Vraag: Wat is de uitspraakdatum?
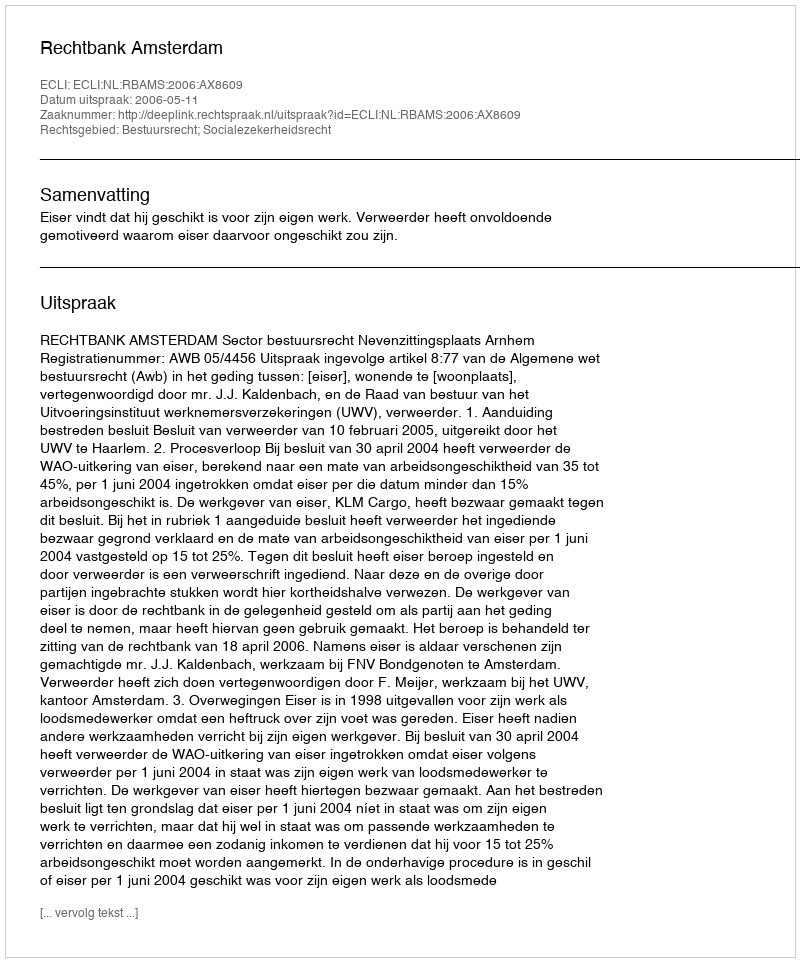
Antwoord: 2006-05-11